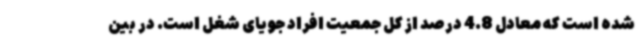
شده است که معادل 4.8 درصد از کل جمعیت افراد جویای شغل است. در بین